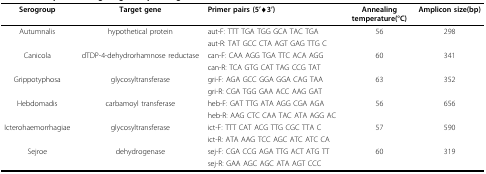
<table><thead><tr><td><b>Serogroup</b></td><td><b>Target gene</b></td><td><b>Primer pairs (5&#x27;→3&#x27;)</b></td><td><b>Annealing temperature(°C)</b></td><td><b>Amplicon size(bp)</b></td></tr></thead><tbody><tr><td>Autumnalis</td><td>hypothetical protein</td><td>aut-F: TTT TGA TGG GCA TAC TGA</td><td>56</td><td>298</td></tr><tr><td></td><td></td><td>aut-R: TAT GCC CTA AGT GAG TTG C</td><td></td><td></td></tr><tr><td>Canicola</td><td>dTDP-4-dehydrorhamnose reductase</td><td>can-F: CAA AGG TGA TTC ACA AGG</td><td>60</td><td>341</td></tr><tr><td></td><td></td><td>can-R: TCA GTG CAT TAG CCG TAT</td><td></td><td></td></tr><tr><td>Grippotyphosa</td><td>glycosyltransferase</td><td>gri-F: AGA GCC GGA GGA CAG TAA</td><td>63</td><td>352</td></tr><tr><td></td><td></td><td>gri-R: CGA TGG GAA ACC AAG GAT</td><td></td><td></td></tr><tr><td>Hebdomadis</td><td>carbamoyl transferase</td><td>heb-F: GAT TTG ATA AGG CGA AGA</td><td>56</td><td>656</td></tr><tr><td></td><td></td><td>heb-R: AAG CTC CAA TAC ATA AGG AC</td><td></td><td></td></tr><tr><td>Icterohaemorrhagiae</td><td>glycosyltransferase</td><td>ict-F: TTT CAT ACG TTG CGC TTA C</td><td>57</td><td>590</td></tr><tr><td></td><td></td><td>ict-R: ATA AAG TCC AGC ATC ATC CA</td><td></td><td></td></tr><tr><td>Sejroe</td><td>dehydrogenase</td><td>sej-F: CGA CCG AGA TTG ACT ATG TT</td><td>60</td><td>319</td></tr><tr><td></td><td></td><td>sej-R: GAA AGC AGC ATA AGT CCC</td><td></td><td></td></tr></tbody></table>